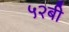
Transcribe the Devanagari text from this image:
५२बी